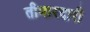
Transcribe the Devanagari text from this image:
तीमारदारी